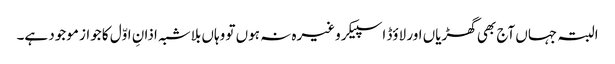
البتہ جہاں آج بھی گھڑیاں اور لاؤڈ اسپیکر وغیرہ نہ ہوں تو وہاں بلاشبہ اذانِ اوّل کا جواز موجود ہے۔